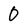
Character: 0